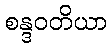
စန္ဒဝတိယာ